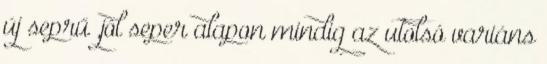
új seprű ,jól seper alapon mindig az utolsó variáns